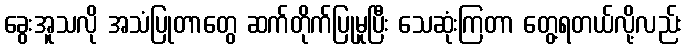
ခွေးအူသလို အသံပြုတာတွေ ဆက်တိုက်ပြုမူပြီး သေဆုံးကြတာ တွေ့ရတယ်လို့လည်း